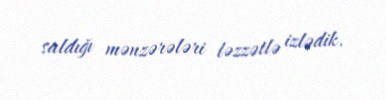
saldığı mənzərələri ləzzətlə izlədik.